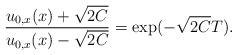
LaTeX: \begin{align*} \frac{u_{0,x}(x)+\sqrt{2C}}{u_{0,x}(x)-\sqrt{2C}}= \exp(-\sqrt{2C}T).\end{align*}